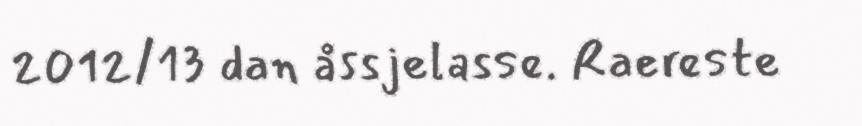
2012/13 dan åssjelasse. Raereste